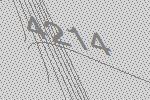
4214